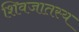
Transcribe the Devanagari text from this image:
शिवजातस्य